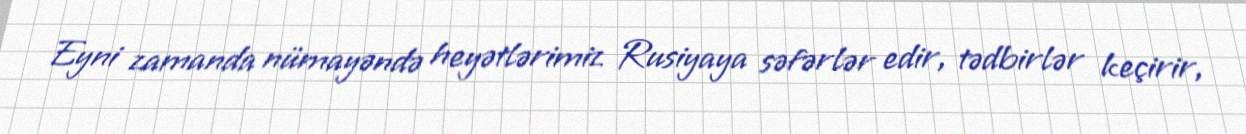
Eyni zamanda nümayəndə heyətlərimiz Rusiyaya səfərlər edir, tədbirlər keçirir,